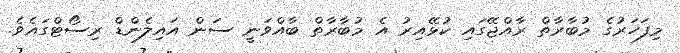
މިފަހަރުގެ މުބާރާތް ރާއްޖޭގައި ކުޅޭއިރު އެ މުބާރާތް ބާއްވަނީ ސަން އައިލެންޑް ރިސޯޓްގައެވެ.